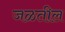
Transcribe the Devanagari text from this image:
जळतील